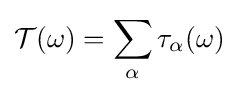
{\mathcal {T}}(\omega )=\sum _{\alpha }\tau _{\alpha }(\omega )